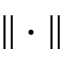
\| \cdot \|